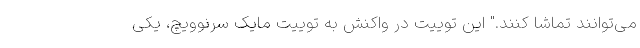
می‌توانند تماشا کنند." این توییت در واکنش به توییت مایک سرنوویچ، یکی